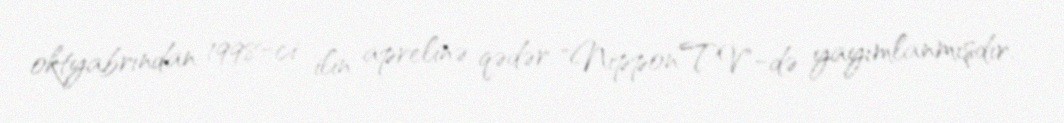
oktyabrından 1998-ci ilin aprelinə qədər "Nippon TV"-də yayımlanmışdır.